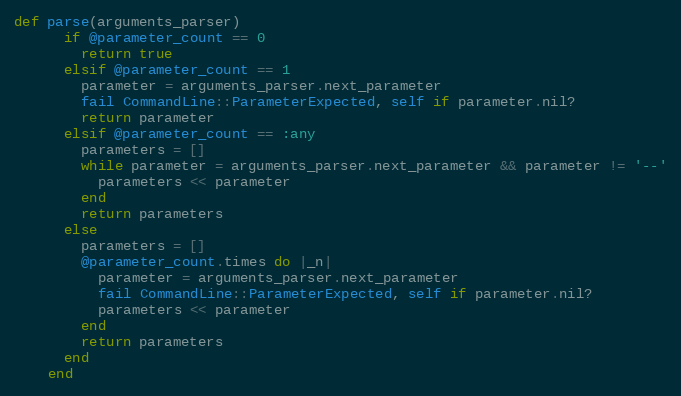
Language: Ruby
def parse(arguments_parser)
      if @parameter_count == 0
        return true
      elsif @parameter_count == 1
        parameter = arguments_parser.next_parameter
        fail CommandLine::ParameterExpected, self if parameter.nil?
        return parameter
      elsif @parameter_count == :any
        parameters = []
        while parameter = arguments_parser.next_parameter && parameter != '--'
          parameters << parameter
        end
        return parameters
      else
        parameters = []
        @parameter_count.times do |_n|
          parameter = arguments_parser.next_parameter
          fail CommandLine::ParameterExpected, self if parameter.nil?
          parameters << parameter
        end
        return parameters
      end
    end